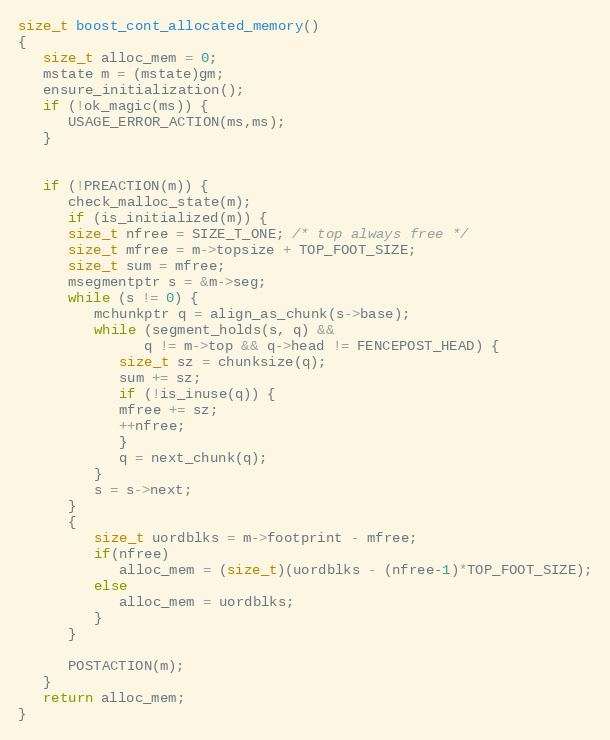
Language: C
size_t boost_cont_allocated_memory()
{
   size_t alloc_mem = 0;
   mstate m = (mstate)gm;
   ensure_initialization();
   if (!ok_magic(ms)) {
      USAGE_ERROR_ACTION(ms,ms);
   }

   if (!PREACTION(m)) {
      check_malloc_state(m);
      if (is_initialized(m)) {
      size_t nfree = SIZE_T_ONE; /* top always free */
      size_t mfree = m->topsize + TOP_FOOT_SIZE;
      size_t sum = mfree;
      msegmentptr s = &m->seg;
      while (s != 0) {
         mchunkptr q = align_as_chunk(s->base);
         while (segment_holds(s, q) &&
               q != m->top && q->head != FENCEPOST_HEAD) {
            size_t sz = chunksize(q);
            sum += sz;
            if (!is_inuse(q)) {
            mfree += sz;
            ++nfree;
            }
            q = next_chunk(q);
         }
         s = s->next;
      }
      {
         size_t uordblks = m->footprint - mfree;
         if(nfree)
            alloc_mem = (size_t)(uordblks - (nfree-1)*TOP_FOOT_SIZE);
         else
            alloc_mem = uordblks;
         }
      }

      POSTACTION(m);
   }
   return alloc_mem;
}